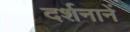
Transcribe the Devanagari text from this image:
दर्शनानें